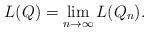
LaTeX: \begin{align*}L(Q)=\lim_{n \to \infty}L(Q_n).\end{align*}